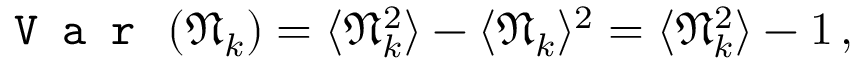
\texttt { V a r } \left( \mathfrak { N } _ { k } \right) = \langle \mathfrak { N } _ { k } ^ { 2 } \rangle - \langle \mathfrak { N } _ { k } \rangle ^ { 2 } = \langle \mathfrak { N } _ { k } ^ { 2 } \rangle - 1 \, ,